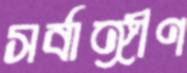
সর্বাঙ্গীণ